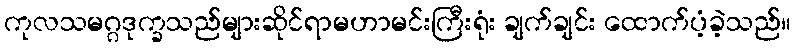
ကုလသမဂ္ဂဒုက္ခသည်များဆိုင်ရာမဟာမင်းကြီးရုံး ချက်ချင်း ထောက်ပံ့ခဲ့သည်။